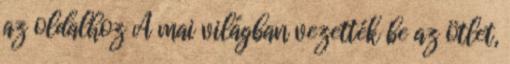
az oldalhoz A mai világban vezették be az ötlet,